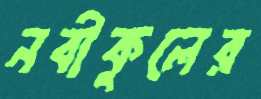
নবীকুলের